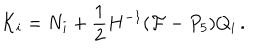
LaTeX: { \cal K } _ { i } = { N } _ { i } + \frac { 1 } { 2 } H ^ { - 1 } ( { \cal F } - P _ { 5 } ) Q _ { i } \, .